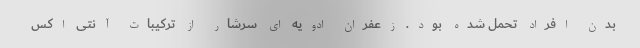
بدن افراد تحمل شده بود. زعفران ادویه ای سرشار از ترکیبات آنتی اکس